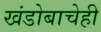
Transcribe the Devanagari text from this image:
खंडोबाचेही